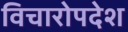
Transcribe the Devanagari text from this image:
विचारोपदेश